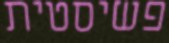
פשיסטית